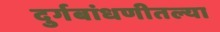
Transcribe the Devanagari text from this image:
दुर्गबांधणीतल्या